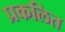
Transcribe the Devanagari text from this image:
प्रकलित